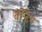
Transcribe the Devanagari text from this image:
बेन्टिंग